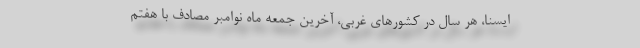
ایسنا، هر سال در کشورهای غربی، آخرین جمعه ماه نوامبر مصادف با هفتم